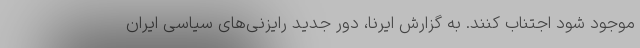
موجود شود اجتناب کنند. به گزارش ایرنا، دور جدید رایزنی‌های سیاسی ایران